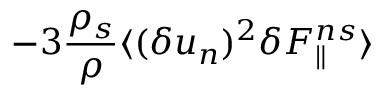
- 3 \frac { \rho _ { s } } { \rho } \langle { ( \delta u _ { n } ) ^ { 2 } \delta F _ { \parallel } ^ { n s } } \rangle